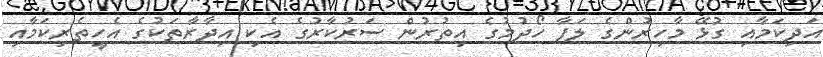
އަދިކަމާއި ގުޅޭ މާހިރުންގެ ލަފާ ހޯދުމުގެ އިތުރުން ސަރުކާރުގެ އެކި އިދާރާތަކުގެ އެހީތެރިކަމާއި